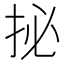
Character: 㧙